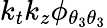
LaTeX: k_{t}k_{z}\phi_{{\theta_{3}}{\theta_{3}}}